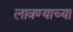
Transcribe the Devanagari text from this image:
लावण्‍याच्‍या